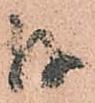
茂